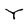
Character: Y